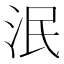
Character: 泯